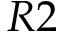
R 2